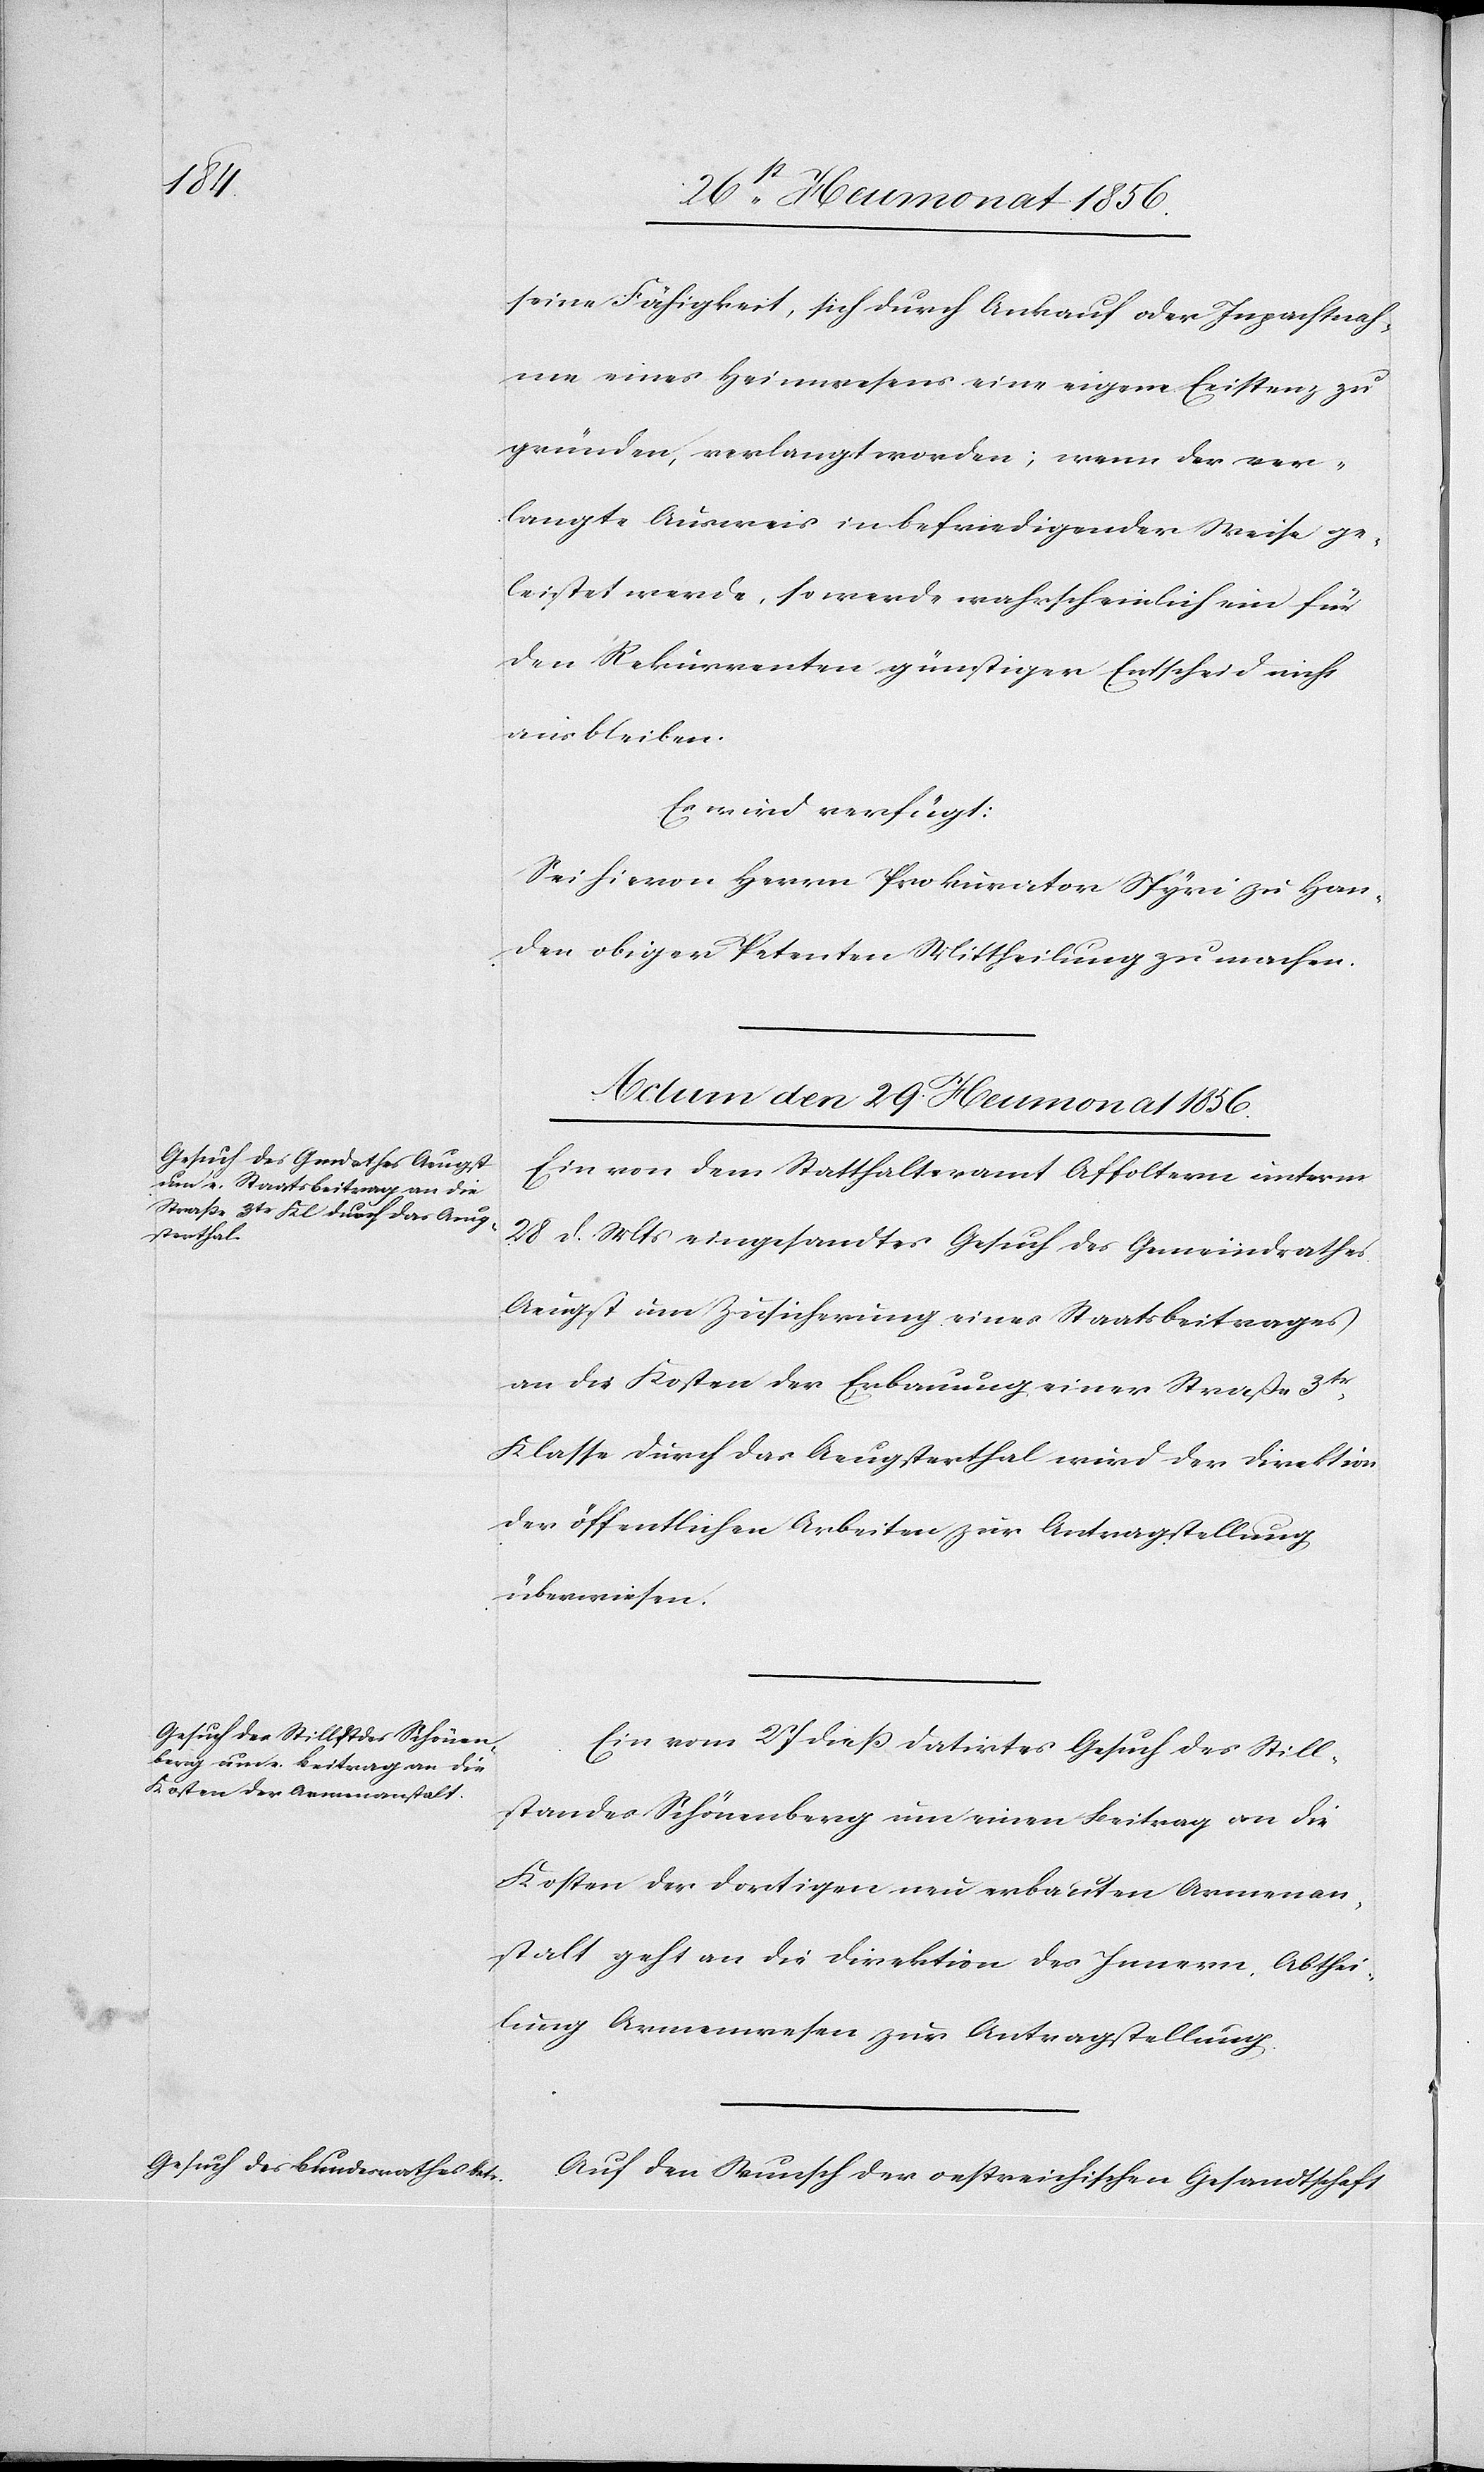
seine Fähigkeit, sich durch Ankauf oder Inpachtnah¬
me eines Heimwesens eine eigene Existenz zu
gründen, verlangt worden; wenn der ver¬
langte Ausweis in befriedigender Weise ge¬
leistet werde, so werde wahrscheinlich ein für
den Rekurrenten günstiger Entscheid nicht
ausbleiben.
Es wird verfügt:
Sei hievon Herrn Prokurator Spyri zu Han¬
den obiger Petenten Mittheilung zu machen.
Actum den 29 Heumonat 1856.]
Ein von dem Statthalteramt Affoltern unterm
28 d. Mts eingesandtes Gesuch des Gemeindrathes
Aeugst um Zusicherung eines Staatsbeitrages
an die Kosten der Erbauung einer Straße 3tr
Klasse durch das Aeugsterthal wird der Direktion
der öffentlichen Arbeiten zur Antragstellung
überwiesen.
Ein vom 27 dieß datirtes Gesuch des Still¬
standes Schönenberg um einen Beitrag an die
Kosten der dortigen neu erbauten Armenan¬
stalt geht an die Direktion des Innern, Abthei¬
lung Armenwesen zur Antragstellung.
Auf den Wunsch der oestreichischen Gesandtschaft